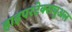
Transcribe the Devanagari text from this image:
हाइपरटेक्सचुअल